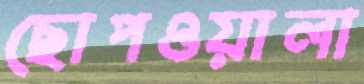
ছোপওয়ালা